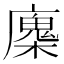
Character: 𢋝